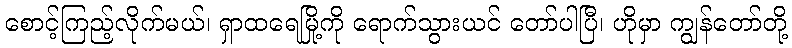
စောင့်ကြည့်လိုက်မယ်၊ ရှာထရေမြို့ကို ရောက်သွားယင် တော်ပါပြီ၊ ဟိုမှာ ကျွန်တော်တို့